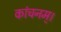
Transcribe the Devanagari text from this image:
कांचनम्।